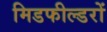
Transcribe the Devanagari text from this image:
मिडफील्डरों